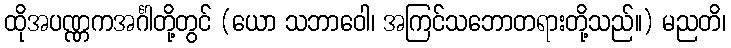
ထိုအပဏ္ဏကအင်္ဂါတို့တွင် (ယော သဘာဝေါ၊ အကြင်သဘောတရားတို့သည်။) မညတိ၊